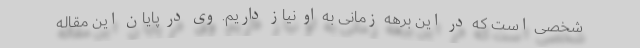
شخصی است که در این برهه زمانی به او نیاز داریم. وی در پایان این مقاله